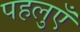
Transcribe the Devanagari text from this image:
पहलुएँ